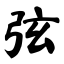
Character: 弦